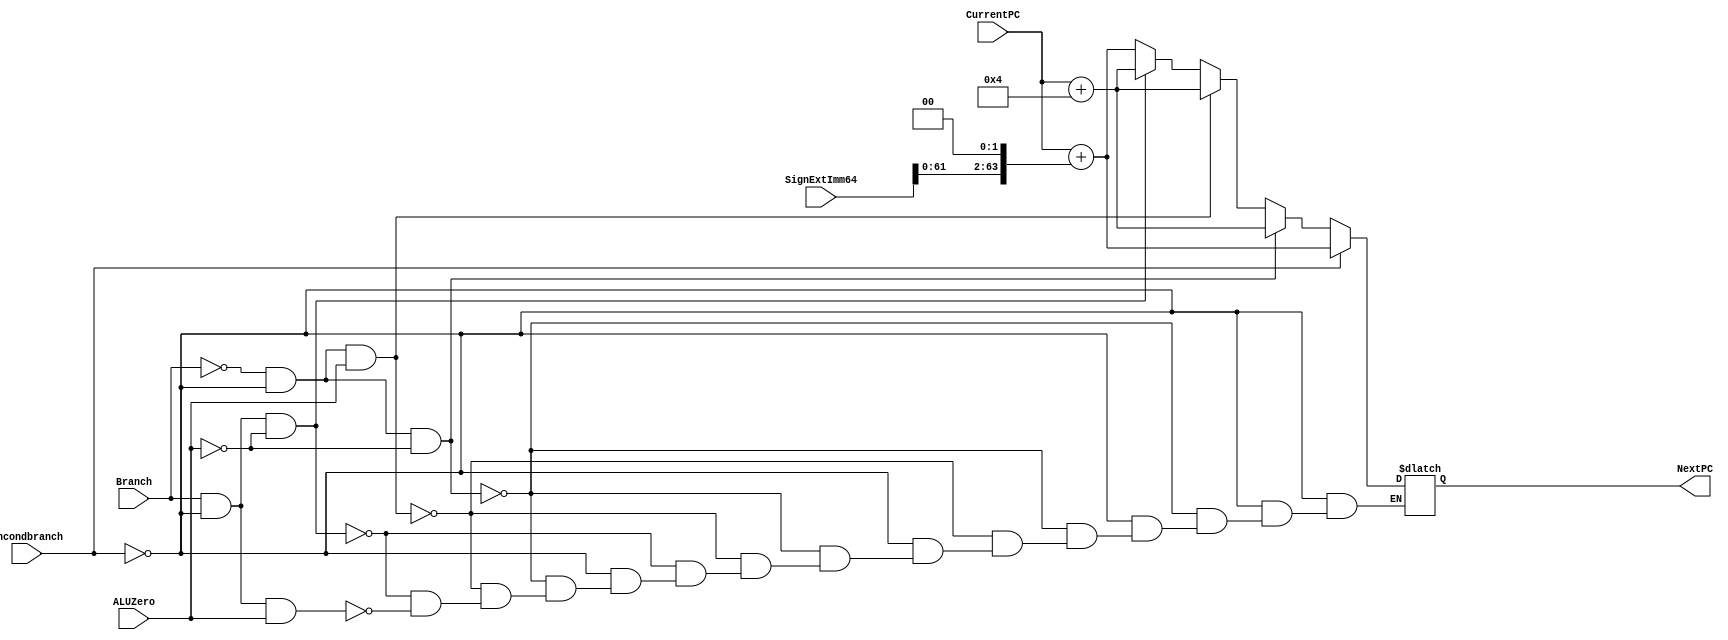
module NextPClogic(NextPC, CurrentPC, SignExtImm64, Branch, ALUZero, Uncondbranch);
  
  input wire signed [63:0] CurrentPC;
  
  input wire signed [63:0] SignExtImm64; //inputs
  
  input wire Branch, ALUZero, Uncondbranch;
  
  output reg [63:0] NextPC; //outputs
  
  always@(*)
  begin
    if(Uncondbranch==1)
      NextPC=CurrentPC+(SignExtImm64<<2); //branch
    else if(Branch==0&&Uncondbranch==0&&ALUZero==0) //default
      NextPC=CurrentPC+4; //don't branch
    else if(Branch==0&&Uncondbranch==0&&ALUZero==1) //if output of ALU is zero but branch is not desired
    	NextPC=CurrentPC+4; //don't branch
 	else if(Branch==1&&Uncondbranch==0&&ALUZero==0)
      NextPC=CurrentPC+4; //don't branch since this is a CBZ and  ALUZero is not 1
  	else if(Branch==1&&Uncondbranch==0&&ALUZero==1)
      NextPC=CurrentPC+(SignExtImm64<<2); //branch 
    
  end
endmodule